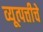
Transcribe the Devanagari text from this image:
व्यूत्पत्तीचे